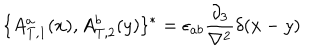
\{ { A _ { T , 1 } ^ { a } } ( x ) , { A _ { T , 2 } ^ { b } } ( y ) \} ^ { * } = \epsilon _ { a b } \frac { \partial _ { 3 } } { \nabla ^ { 2 } } \delta ( x - y )